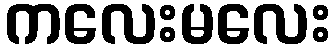
ကလေးမလေး